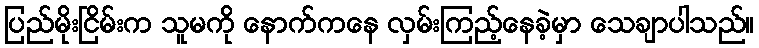
ပြည်မိုးငြိမ်းက သူမကို နောက်ကနေ လှမ်းကြည့်နေခဲ့မှာ သေချာပါသည်။